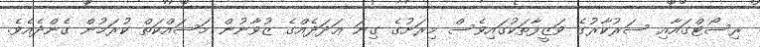
ރިސޯޓްގައާއި ސަރުކާރުގެ ވަޒީފާތަކުގައިވެސް މިރަށުގެ ގިނަ ޢަދަދެއްގެ ޒުވާނުން މަސައްކަތް ކުރަމުން ގެންދެއެވެ.